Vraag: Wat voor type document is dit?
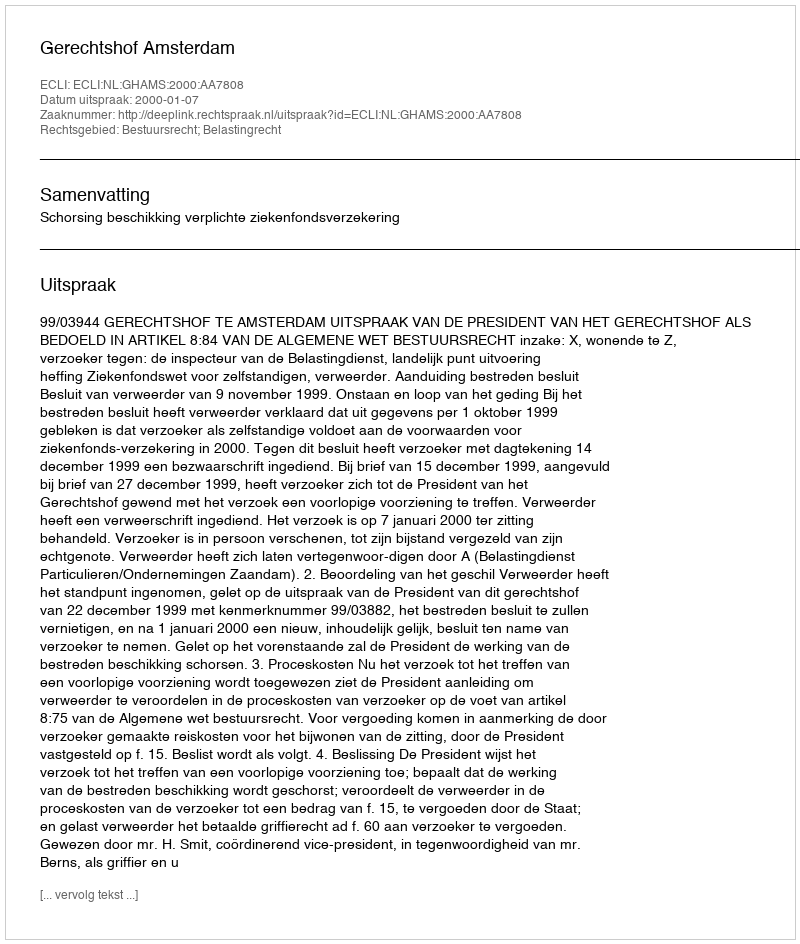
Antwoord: Uitspraak